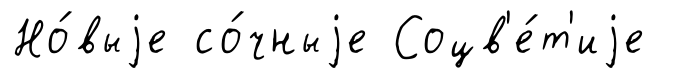
Но́выjе со́чныjе Соцв'е́т'иjе